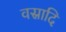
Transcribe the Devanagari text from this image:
वस्रादि